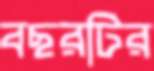
বছরটির